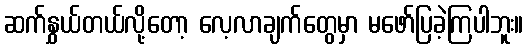
ဆက်နွှယ်တယ်လို့တော့ လေ့လာချက်တွေမှာ မဖော်ပြခဲ့ကြပါဘူး။